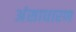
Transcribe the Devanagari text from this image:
अंसाधारण